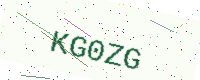
Text: KG0ZG